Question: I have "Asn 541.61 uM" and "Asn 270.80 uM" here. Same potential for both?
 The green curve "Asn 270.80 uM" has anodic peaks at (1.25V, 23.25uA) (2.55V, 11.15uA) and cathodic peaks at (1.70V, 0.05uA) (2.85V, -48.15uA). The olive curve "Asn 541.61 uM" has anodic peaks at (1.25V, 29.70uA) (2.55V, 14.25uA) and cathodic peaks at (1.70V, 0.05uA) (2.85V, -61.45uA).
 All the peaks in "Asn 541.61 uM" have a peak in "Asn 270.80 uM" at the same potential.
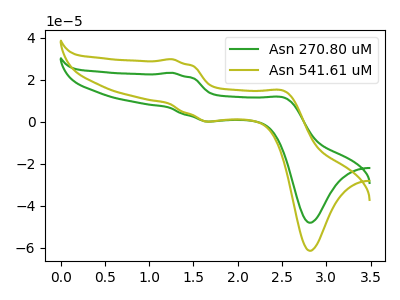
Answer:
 <answer>"Asn 541.61 uM" and "Asn 270.80 uM" are similar in shape.</answer>
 <eval>same_shape</eval>